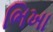
ભિખા